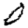
Digit: 0